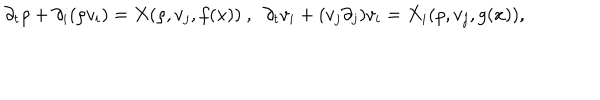
\partial _ { t } \rho + \partial _ { i } ( \rho v _ { i } ) = X ( \rho , v _ { j } , f ( x ) ) ~ , ~ ~ \partial _ { t } v _ { i } + ( v _ { j } \partial _ { j } ) v _ { i } = X _ { i } ( \rho , v _ { j } , g ( x ) ) ,